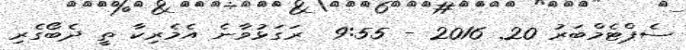
ސެޕްޓެމްބަރު 20